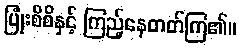
ပြုံးစိစိနှင့် ကြည့်နေတတ်ကြ၏။